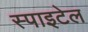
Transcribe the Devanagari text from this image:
स्पाइटेल